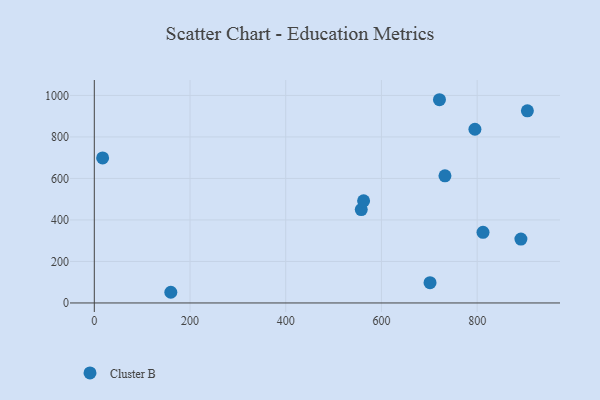
{"axis": {"x": "Ad Spend", "y": "Rating"}, "legend": ["Cluster B"], "data": [{"x": "557.8", "y": 450.2, "type": "Cluster B"}, {"x": "812.2", "y": 340.6, "type": "Cluster B"}, {"x": "17.4", "y": 699.1, "type": "Cluster B"}, {"x": "701.5", "y": 97.9, "type": "Cluster B"}, {"x": "732.7", "y": 612.8, "type": "Cluster B"}, {"x": "721.2", "y": 979.4, "type": "Cluster B"}, {"x": "159.9", "y": 51.5, "type": "Cluster B"}, {"x": "562.7", "y": 492.4, "type": "Cluster B"}, {"x": "891.4", "y": 307.7, "type": "Cluster B"}, {"x": "795.3", "y": 837.1, "type": "Cluster B"}, {"x": "904.9", "y": 926.0, "type": "Cluster B"}]}